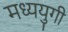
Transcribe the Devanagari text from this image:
मध्ययुगी